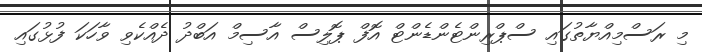
މި ރަސްމިއްޔާތުގައި ސްޕްރިންޓެންޑެންޓް އޮފް ޕޮލިސް އާސިމް އަބްދު ދެއްކެވި ވާހަކަ ފުޅުގައި